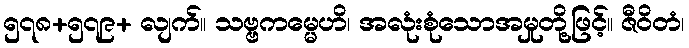
၅၇၈+၅၇၉+ လျက်။ သဗ္ဗကမ္မေဟိ၊ အလုံးစုံသောအမှုတို့ဖြင့်။ ဇီဝိတံ၊